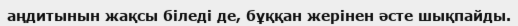
аңдитынын жақсы біледі де, бұққан жерінен әсте шықпайды.